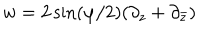
w = 2 \sin ( \varphi / 2 ) ( \partial _ { z } + \partial _ { \bar { z } } )